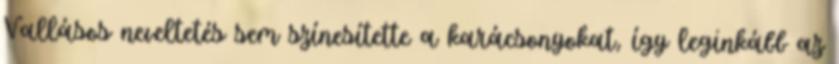
Vallásos neveltetés sem színesítette a karácsonyokat, így leginkább az